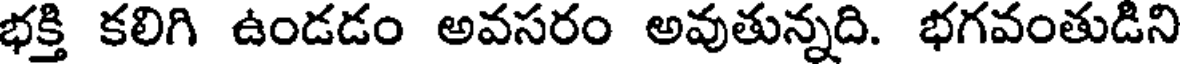
భక్తి కలిగి ఉండడం అవసరం అవుతున్నది. భగవంతుడిని